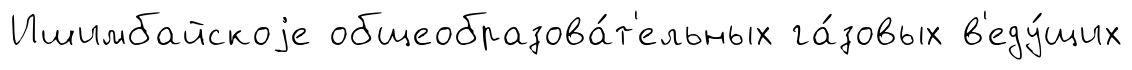
Ишимбайскоjе общеобразова́т'ельных га́зовых в'еду́щих